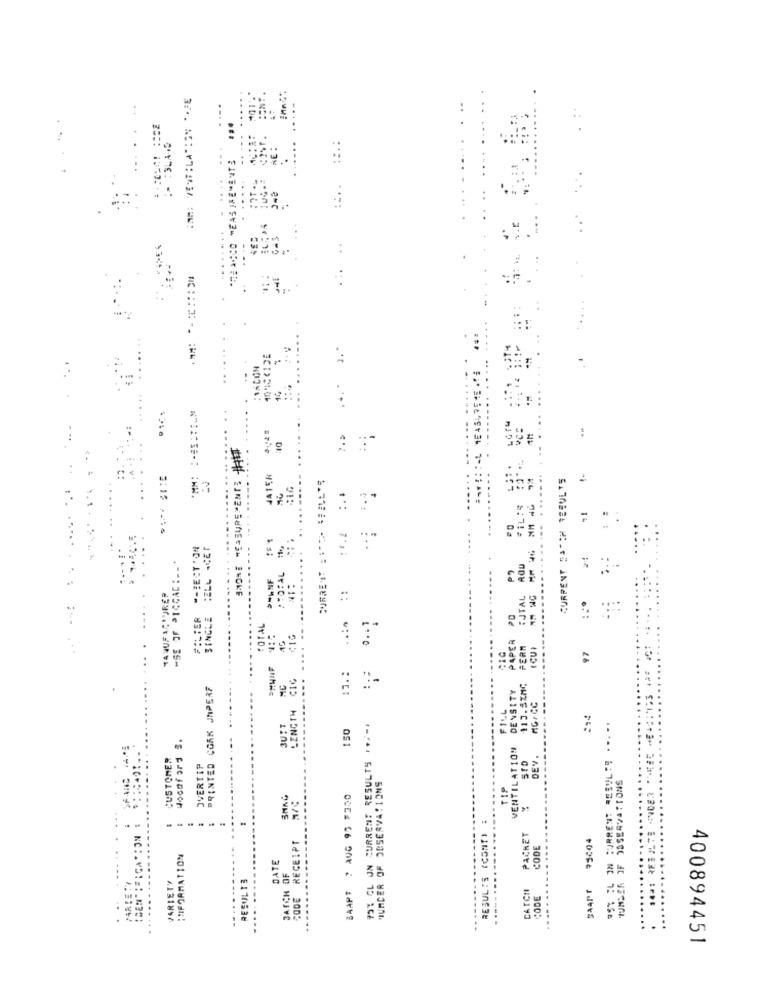
...
...
....
:.
MENTS
*: Ce "EA
..
HC :
...
7 .:
10
:3.
MM:
JATER
CURRENT SACCH RESULTS
:1.4 :..
11.4
"-JECT'04
CELL .CET
"SE JF SICGAC : __*
:TOTAL
ROU
MANUFACTUREP
::
EJTAL
FILTER
SINGLE
PAPER PD
TOTAL
PERN
CUI
97
12 .:
PRINTED CORK JAPERF
MC
DENSITY
113.32MG
LENGTH
FILL
MG/ CC
:14
CURRENT RESULTS ... ..
3UIT
150
FOT CL JN CURRENT RESULTS .*-
Jooofard 3.
VENTILAT109
CUSTOMER
DEV.
OVERTIP
MURDER OF OBSERVATIONS
TIP
BAAPT 7 AUG 95 F350
RESUL : S (CONT) :
IDENTIFICATION
CODE RECEIPT
PACHET
95404
CODE
INFORMATION
DATE
BATCH OF
..........
VARIETY
RESULT3
MARIE:Y
.....
.....
CATCH
SAAPr
...
CODE
......
--
400894451